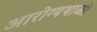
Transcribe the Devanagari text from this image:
आरोग्यथाळी